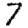
Digit: 7